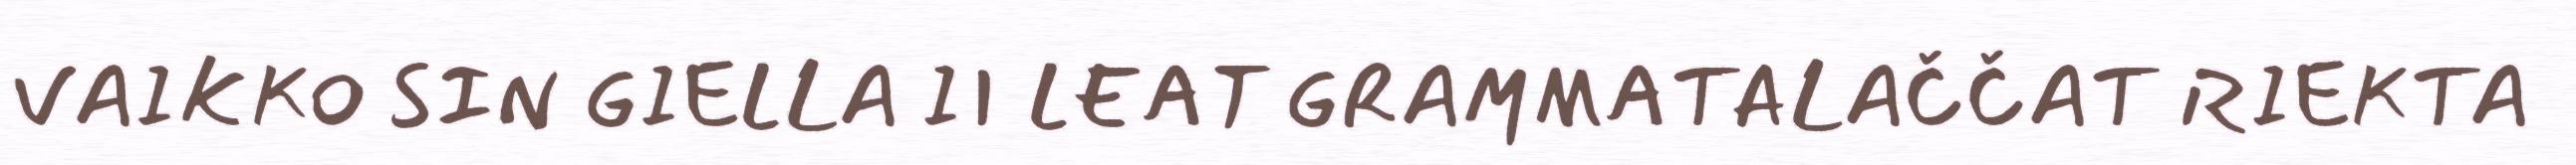
VAIKKO SIN GIELLA II LEAT GRAMMATALAČČAT RIEKTA